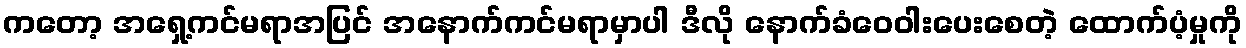
ကတော့ အရှေ့ကင်မရာအပြင် အနောက်ကင်မရာမှာပါ ဒီလို နောက်ခံဝေဝါးပေးစေတဲ့ ထောက်ပံ့မှုကို